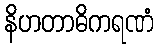
နိဟတာဓိကရဏံ